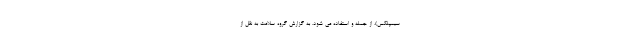
سیمپلکس)، از جمله و استفاده می شود. به گزارش گروه سلامت به نقل از